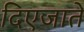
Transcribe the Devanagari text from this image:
दिएजाते